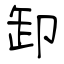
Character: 卸